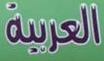
العربية